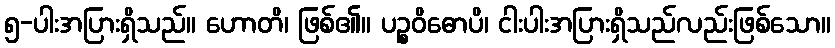
၅-ပါးအပြားရှိသည်။ ဟောတိ၊ ဖြစ်၏။ ပဉ္စဝိဓောပိ၊ ငါးပါးအပြားရှိသည်လည်းဖြစ်သော။